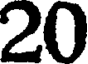
20